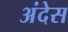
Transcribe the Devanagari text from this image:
अंदेस